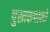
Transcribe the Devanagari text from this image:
पुस्तकपालों